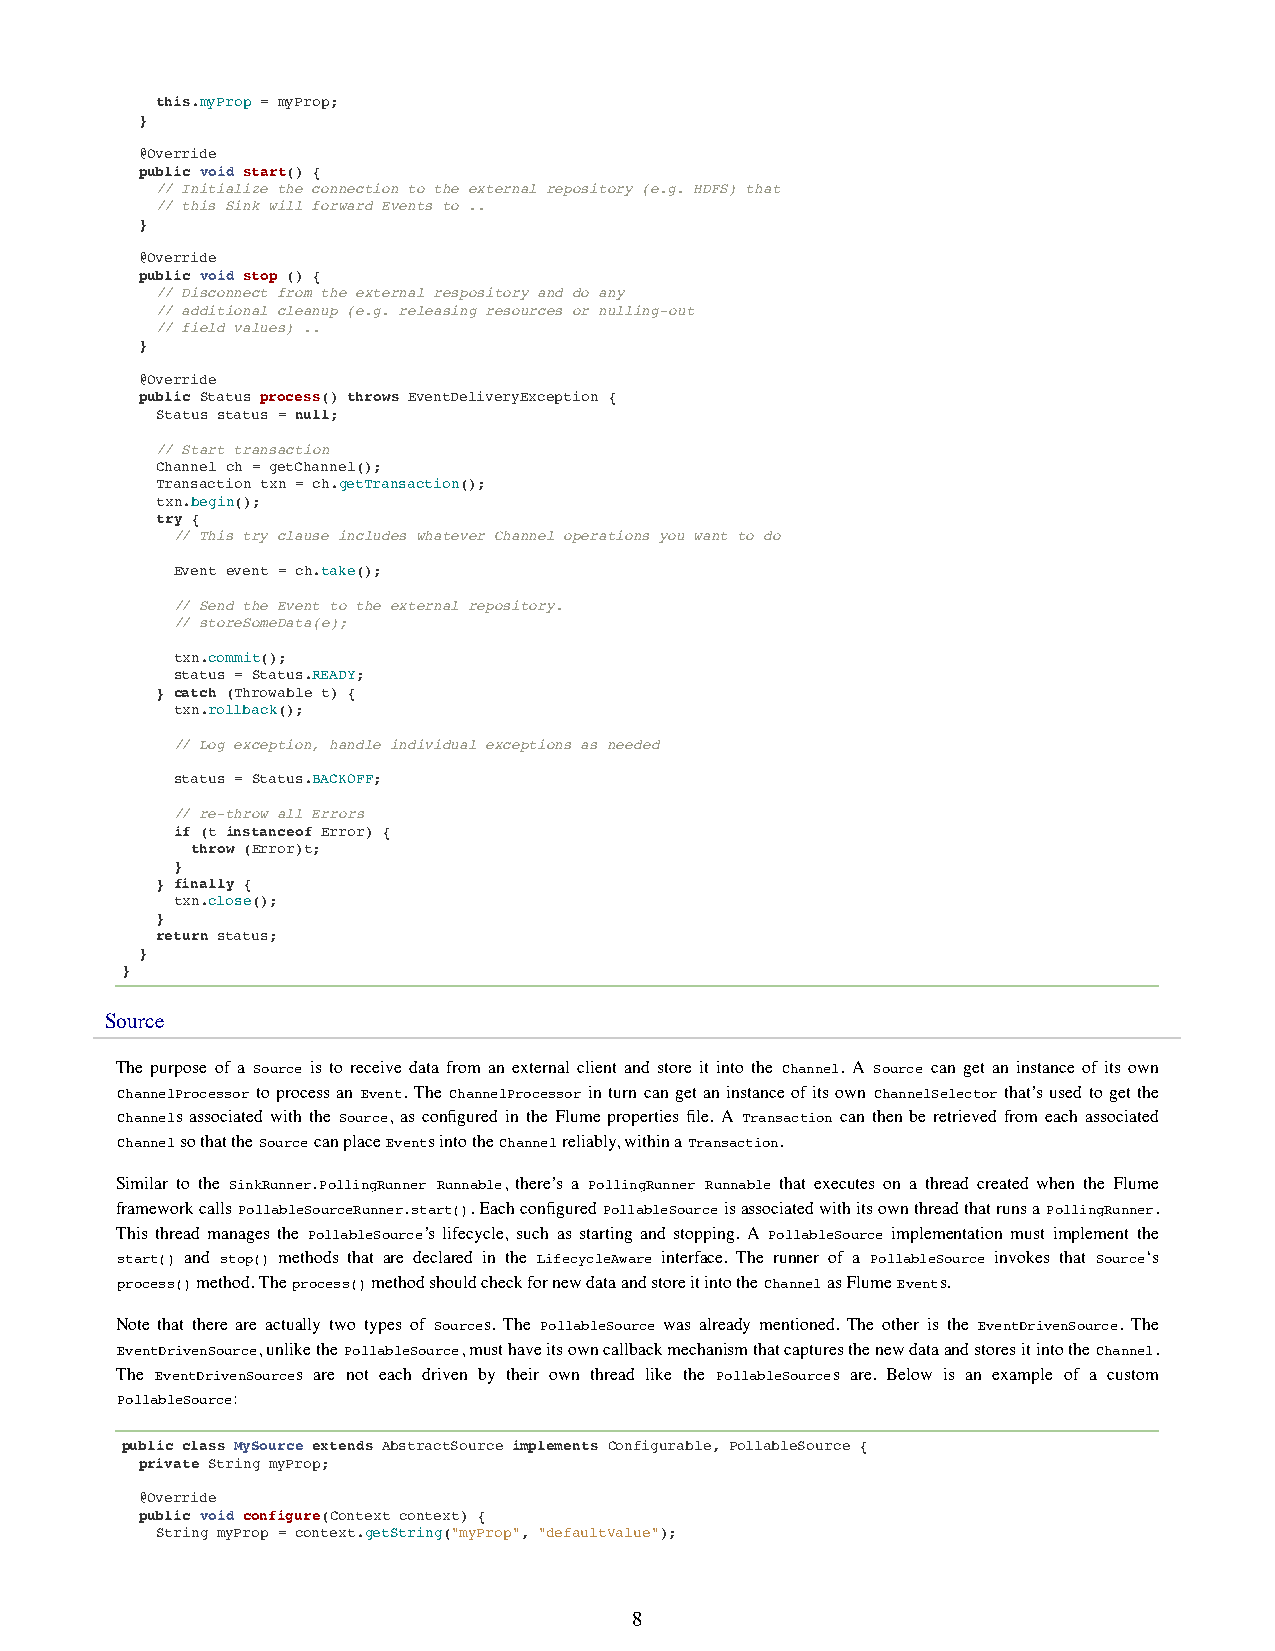
this.myProp = myProp;
 }
 @Override
 public void start() {
 // Initialize the connection to the external repository (e.g. HDFS) that
 // this Sink will forward Events to ..
 }
 @Override
 public void stop () {
 // Disconnect from the external respository and do any
 // additional cleanup (e.g. releasing resources or nulling-out
 // field values) ..
 }
 @Override
 public Status process() throws EventDeliveryException {
 Status status = null;
 // Start transaction
 Channel ch = getChannel();
 Transaction txn = ch.getTransaction();
 txn.begin();
 try {
 // This try clause includes whatever Channel operations you want to do
 Event event = ch.take();
 // Send the Event to the external repository.
 // storeSomeData(e);
 txn.commit();
 status = Status.READY;
 } catch (Throwable t) {
 txn.rollback();
 // Log exception, handle individual exceptions as needed
 status = Status.BACKOFF;
 // re-throw all Errors
 if (t instanceof Error) {
 throw (Error)t;
 }
 } finally {
 txn.close();
 }
 return status;
 }
 }
 Source
 The purpose of a Source is to receive data from an external client and store it into the Channel. A Source can get an instance of its own
 ChannelProcessor to process an Event. The ChannelProcessor in turn can get an instance of its own ChannelSelector that’s used to get the
 Channels associated with the Source, as configured in the Flume properties file. A Transaction can then be retrieved from each associated
 Channel so that the Source can place Events into the Channel reliably, within a Transaction.
 Similar to the SinkRunner.PollingRunner Runnable, there’s a PollingRunner Runnable that executes on a thread created when the Flume
 framework calls PollableSourceRunner.start(). Each configured PollableSource is associated with its own thread that runs a PollingRunner.
 This thread manages the PollableSource’s lifecycle, such as starting and stopping. A PollableSource implementation must implement the
 start() and stop() methods that are declared in the LifecycleAware interface. The runner of a PollableSource invokes that Source‘s
 process() method. The process() method should check for new data and store it into the Channel as Flume Events.
 Note that there are actually two types of Sources. The PollableSource was already mentioned. The other is the EventDrivenSource. The
 EventDrivenSource, unlike the PollableSource, must have its own callback mechanism that captures the new data and stores it into the Channel.
 The EventDrivenSources are not each driven by their own thread like the PollableSources are. Below is an example of a custom
 PollableSource:
 public class MySource extends AbstractSource implements Configurable, PollableSource {
 private String myProp;
 @Override
 public void configure(Context context) {
 String myProp = context.getString("myProp", "defaultValue");
 8